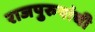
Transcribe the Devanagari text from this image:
राजपुरुषांची